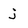
Character: j